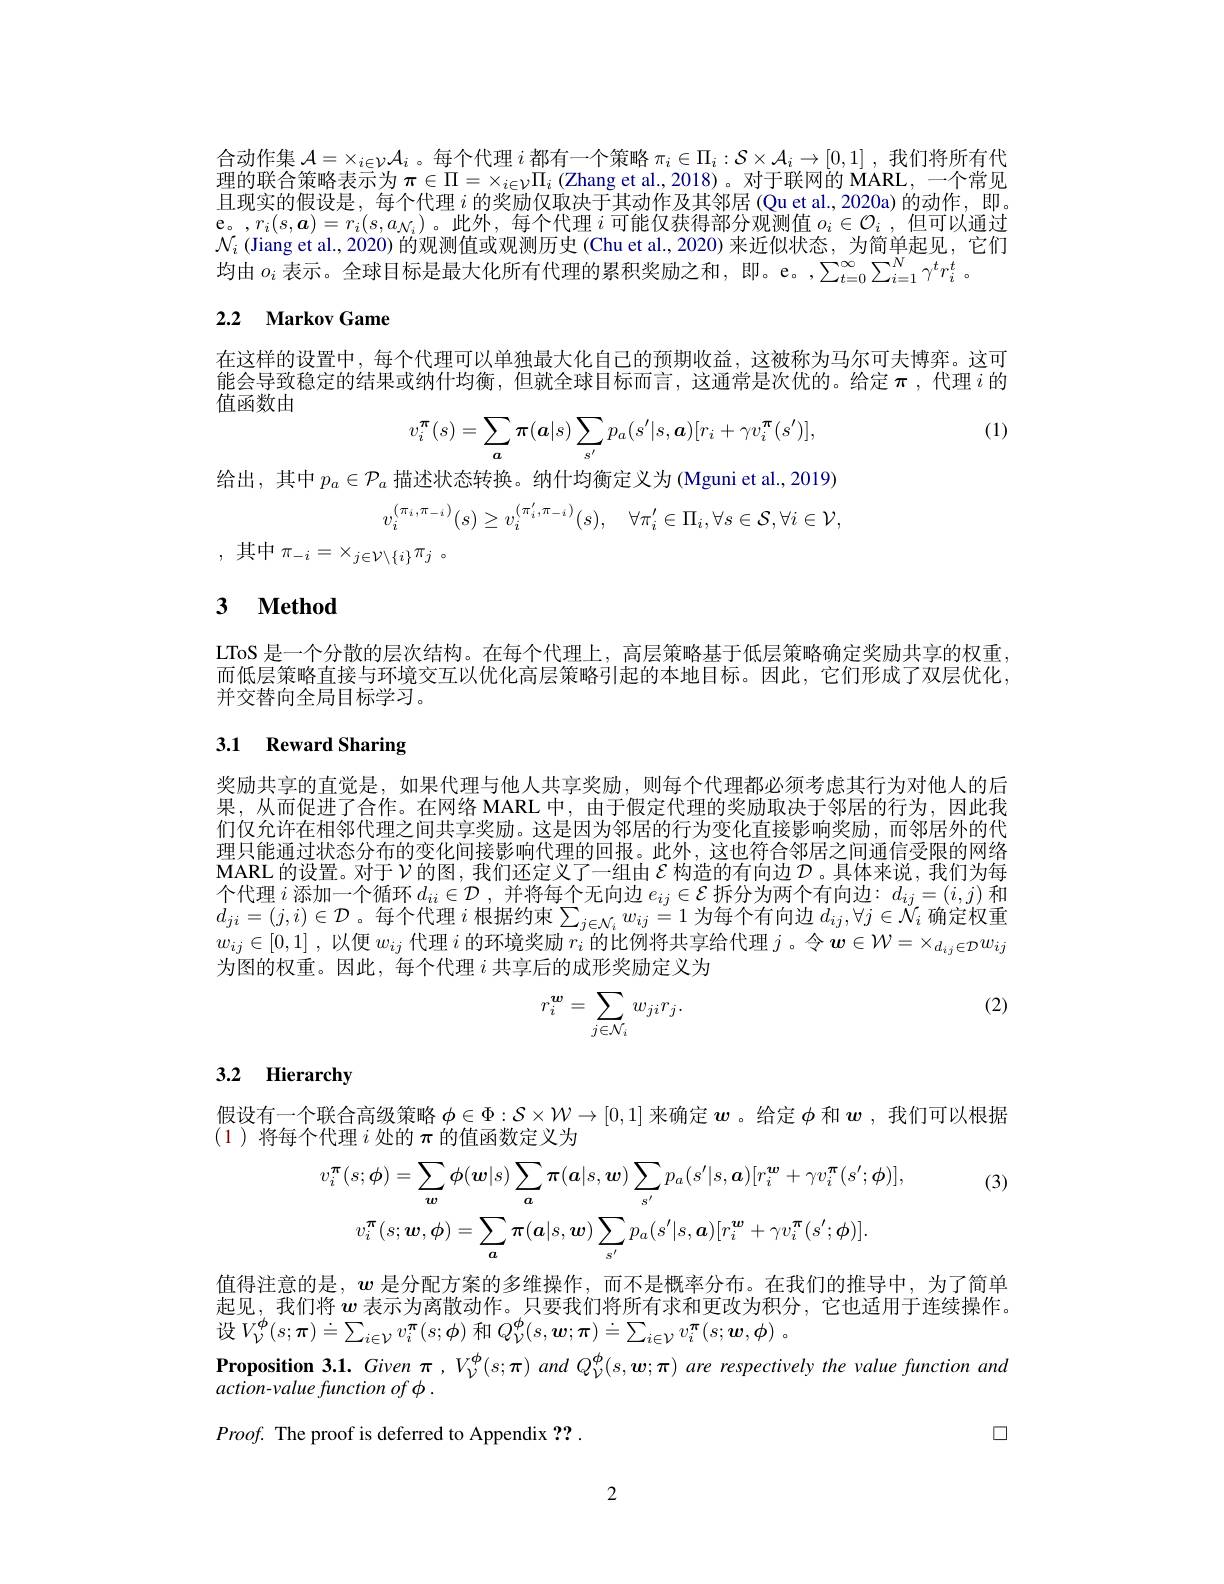
合动作集$\mathcal{A}=\times_i\in\mathcal{V}\mathcal{A}_i$ 。每个代理$i$都有一个策略$\pi_i\in\Pi_i:\mathcal{S}\times\mathcal{A}_i\to[0,1]$ ,我们将所有代理的联合策略表示为$\pi\in\Pi=\times_i\in\mathcal{V}\Pi_i$ (Zhang et al., 2018)。对于联网的 MARL, 一个常见且现实的假设是，每个代理$i$的奖励仅取决于其动作及其邻居(Qu et al.,2020a)的动作，即。e。,$r_i(s,\boldsymbol{a})=r_i(s,a_{\mathcal{N}_i})$。此外，每个代理$i$可能仅获得部分观测值$o_i\in\mathcal{O}_i$,但可以通过$\mathcal{N}_i$ (Jiang et al., 2020) 的观测值或观测历史 (Chu et al., 2020) 来近似状态，为简单起见，它们均由$o_i$表示。全球目标是最大化所有代理的累积奖励之和，即。e。,$\sum_t=0^\infty\sum_{i=1}^N\gamma^tr_i^t$ 。

## 2.2 Markov Game

在这样的设置中，每个代理可以单独最大化自己的预期收益，这被称为马尔可夫博弈。这可能会导致稳定的结果或纳什均衡，但就全球目标而言，这通常是次优的。给定$\pi$ ,代理$i$的值函数由

(1)
$$v_{i}^{\boldsymbol{\pi}}(s)=\sum_{\boldsymbol{a}}\pi(\boldsymbol{a}|s)\sum_{s'}p_{a}(s'|s,\boldsymbol{a})[r_{i}+\gamma v_{i}^{\boldsymbol{\pi}}(s')],$$
给出，其中$p_a\in\mathcal{P}_a$描述状态转换。纳什均衡定义为 (Mguni et al., 2019)
$$v_i^{(\pi_i,\pi_{-i})}(s)\geq v_i^{(\pi_i',\pi_{-i})}(s),\quad\forall\pi_i'\in\Pi_i,\forall s\in\mathcal{S},\forall i\in\mathcal{V},$$
,其中$\pi _- i= \times _{j\in \mathcal{V} \setminus \{ i\} }\pi _j$ 。

## 3 $\textbf{Method}$

LToS 是一个分散的层次结构。在每个代理上，高层策略基于低层策略确定奖励共享的权重而低层策略直接与环境交互以优化高层策略引起的本地目标。因此，它们形成了双层优化， 并交替向全局目标学习。

## 3.1 Reward Sharing

奖励共享的直觉是，如果代理与他人共享奖励，则每个代理都必须考虑其行为对他人的后果，从而促进了合作。在网络 MARL 中，由于假定代理的奖励取决于邻居的行为，因此我们仅允许在相邻代理之间共享奖励。这是因为邻居的行为变化直接影响奖励，而邻居外的代理只能通过状态分布的变化间接影响代理的回报。此外，这也符合邻居之间通信受限的网络MARL 的设置。对于$\mathcal{V}$的图，我们还定义了一组由$\mathcal{E}$构造的有向边$\mathcal{D}$ 。具体来说，我们为每个代理$i$添加一个循环$d_ii\in\mathcal{D}$ ,并将每个无向边$e_ij\in\mathcal{E}$拆分为两个有向边$:d_ij=(i,j)$和$d_{ji}=(j,i)\in\mathcal{D}$。每个代理$i$根据约束$\sum_j\in\mathcal{N}_iw_{ij}=1$为每个有向边$d_ij,\forall j\in\check{N}_i$确定权重$w_{ij}\in [ 0, 1]$ ,以便$w_ij$代理$i$的环境奖励$r_i$的比例将共享给代理$j$ 。令$\boldsymbol w\in\mathcal{W}=\times_d_{ij}\in\mathcal{D}w_{ij}$ 为图的权重。因此，每个代理$i$共享后的成形奖励定义为

(2)
$$r_i^{\boldsymbol{w}}=\sum_{j\in\mathcal{N}_i}w_{ji}r_j.$$
## 3.2 Hierarchy

假设有一个联合高级策略$\phi\in\Phi:\mathcal{S}\times\mathcal{W}\to[0,1]$来确定$\boldsymbol{w}$ 。给定$\phi$和$\boldsymbol{w}$ ,我们可以根据
(1)将每个代理$i$处的$\pi$的值函数定义为

(3)
$$v_{i}^{\boldsymbol{\pi}}(s;\phi)=\sum_{\boldsymbol{w}}\phi(\boldsymbol{w}|s)\sum_{\boldsymbol{a}}\boldsymbol{\pi}(\boldsymbol{a}|s,\boldsymbol{w})\sum_{s^{\prime}}p_{a}(s^{\prime}|s,\boldsymbol{a})[r_{i}^{\boldsymbol{w}}+\gamma v_{i}^{\boldsymbol{\pi}}(s^{\prime};\boldsymbol{\phi})]\\v_{i}^{\boldsymbol{\pi}}(s;\boldsymbol{w},\boldsymbol{\phi})=\sum_{\boldsymbol{a}}\boldsymbol{\pi}(\boldsymbol{a}|s,\boldsymbol{w})\sum_{s^{\prime}}p_{a}(s^{\prime}|s,\boldsymbol{a})[r_{i}^{\boldsymbol{w}}+\gamma v_{i}^{\boldsymbol{\pi}}(s^{\prime};\boldsymbol{\phi})].$$
值得注意的是，$\boldsymbol{w}$是分配方案的多维操作，而不是概率分布。在我们的推导中，为了简单起见，我们将$w$表示为离散动作。只要我们将所有求和更改为积分，它也适用于连续操作。设$V_{\mathcal{V}}^{\phi}(s;\boldsymbol{\pi})\doteq\sum_{i\in\mathcal{V}}v_{i}^{\pi}(s;\phi)$ 和 $Q_{\mathcal{V} }^{\phi }( s, \boldsymbol{w}; \boldsymbol{\pi }) \doteq \sum _{i\in \mathcal{V} }v_{i}^{{\boldsymbol{\pi }}}( s; \boldsymbol{w}, \boldsymbol{\phi })$ 。
$\textbf{Proposition 3.1. Given ,V}_{\mathcal{V}}^{\Phi}(s;\boldsymbol{\pi})$ and $Q_{\mathcal{V}}^{\Phi}(s,\boldsymbol{w};\boldsymbol{\pi})$ are respectively the value function and
action-value function of $\phi$ .
口
$Proof.$ The proof is deferred to Appendix ??.

2